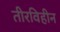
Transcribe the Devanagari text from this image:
तीरविहीन